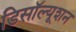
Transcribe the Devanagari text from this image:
डिसॉल्यूशन